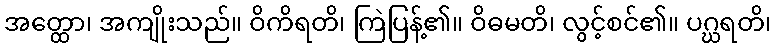
အတ္ထော၊ အကျိုးသည်။ ဝိကိရတိ၊ ကြဲပြန့်၏။ ဝိဓမတိ၊ လွင့်စင်၏။ ပဂ္ဃရတိ၊